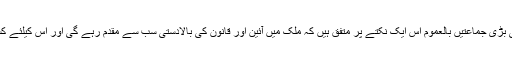
2008 کے عام انتخابات کے بعد سے ملک کی چھوٹی بڑی جماعتیں بالعموم اس ایک نکتے پر متفق ہیں کہ ملک میں آئین اور قانون کی بالادستی سب سے مقدم رہے گی اور اس کیلئے کسی غیر جمہوری اقدام کی حما یت نہیں کی جائے گئی۔